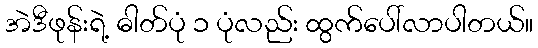
အဲဒီဖုန်းရဲ့ ဓါတ်ပုံ ၁ ပုံလည်း ထွက်ပေါ်လာပါတယ်။